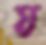
য